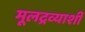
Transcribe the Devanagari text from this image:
मूलद्रव्याशी